Annual administration report of the Civil Veterinary Department of India - 1895-1896
Year: 1895
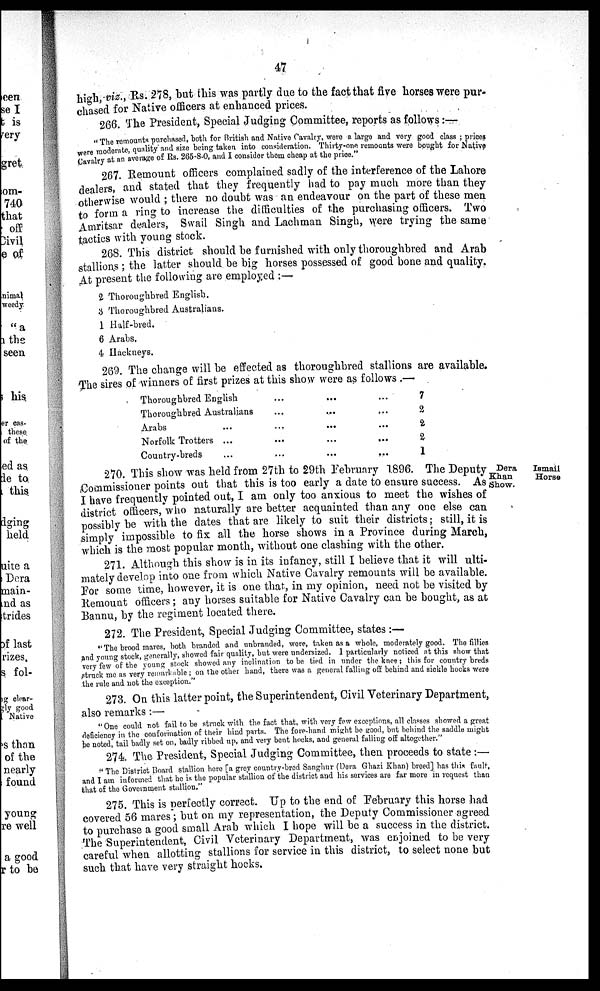
47
high, viz., Rs. 278, but this was partly due to the fact that five horses were pur-
chased for Native officers at enhanced prices.
266. The President, Special Judging Committee, reports as follows:—
"The remounts purchased, both for British and Native Cavalry, were a large and very good class ; prices
were moderate, quality and size being taken into consideration. Thirty-one remounts were bought for Native
Cavalry at an average of Rs. 265-8-0, and I consider them cheap at the price."
267. Remount officers complained sadly of the interference of the Lahore
dealers, and stated that they frequently had to pay much more than they
otherwise would ; there no doubt was an endeavour on the part of these men
to form a ring to increase the difficulties of the purchasing officers. Two
Amritsar dealers, Swail Singh and Lachman Singh, were trying the same
tactics with young stock.
268. This district should be furnished with only thoroughbred and Arab
stallions; the latter should be big horses possessed of good bone and quality.
At present the following are employed:—
2 Thoroughbred English.
3 Thoroughbred Australians.
1 Half-bred.
6 Arabs.
4 Hackneys.
269. The change will be effected as thoroughbred stallions are available.
The sires of winners of first prizes at this show were as follows.—
Thoroughbred English ... ... ...
Thoroughbred Australians ... ... ...
Arabs ... ... ... ...
Norfolk Trotters ... ... ... ...
Country-breds ... ... ... ...
7
2
2
2
1
Dera
Ismail
Khan
Horse
Show.
270. This show was held from 27th to 29th February 1896. The Deputy
Commissioner points out that this is too early a date to ensure success. As
I have frequently pointed out, I am only too anxious to meet the wishes of
district officers, who naturally are better acquainted than any one else can
possibly be with the dates that are likely to suit their districts; still, it is
simply impossible to fix all the horse shows in a Province during March,
which is the most popular month, without one clashing with the other.
271. Although this show is in its infancy, still I believe that it will ulti-
mately develop into one from which Native Cavalry remounts will be available.
For some time, however, it is one that, in my opinion, need not be visited by
Remount officers; any horses suitable for Native Cavalry can be bought, as at
Bannu, by the regiment located there.
272. The President, Special Judging Committee, states:—
"The brood mares, both branded and unbranded, wore, taken as a whole, moderately good. The fillies
and young stock, generally, showed fair quality, but were undersized. 1 particularly noticed at this show that
very few of the young stock showed any inclination to be tied in under the knee; this for country breds
struck me as very remarkable; on the other hand, there was a general falling off behind and sickle hocks were
the rule and not the exception."
273. On this latter point, the Superintendent, Civil Veterinary Department,
also remarks:—
"One could not fail to be struck with the fact that, with very few exceptions, all classes showed a great
deficiency in the conformation of their hind parts. The fore-hand might be good, but behind the saddle might
be noted, tail badly set on, badly ribbed up, and very bent hocks, and general falling off altogether."
274. The President, Special Judging Committee, then proceeds to state:—
"The District Board stallion here [a grey country-bred Sanghur (Dera Ghazi Khan) breed] has this fault,
and I am informed that he is the popular stallion of the district and his services are far more in request than
that of the Government stallion."
275. This is perfectly correct. Up to the end of February this horse had
covered 56 mares; but on my representation, the Deputy Commissioner agreed
to purchase a good small Arab which I hope will be a success in the district.
The Superintendent, Civil Veterinary Department, was enjoined to be very
careful when allotting stallions for service in this district, to select none but
such that have very straight hocks.